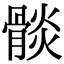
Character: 𩩧